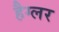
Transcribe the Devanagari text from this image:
हैग्लर